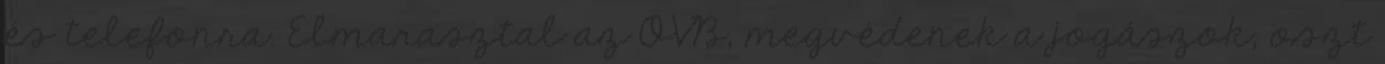
és telefonra. Elmarasztal az OVB, megvédenek a jogászok, oszt